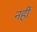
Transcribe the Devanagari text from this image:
नहीं